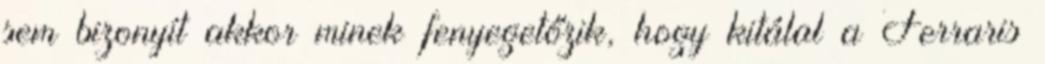
sem bizonyít akkor minek fenyegetőzik, hogy kitálal a Ferraris